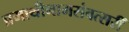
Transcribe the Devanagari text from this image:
प्रमाथीनामसंवत्सरीं